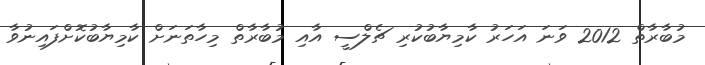
މުބާރާތް 2012 ވަނަ އަހަރު ކާމިޔާބުކުރި ޗެލްސީ އާއި މުބާރާތް މިހާތަނަށް ކާމިޔާބުކޮށްފައިނުވާ